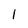
Character: 1